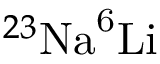
^ { 2 3 } \mathrm { { N a } ^ { 6 } \mathrm { { L i } } }